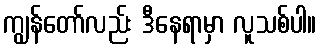
ကျွန်တော်လည်း ဒီနေရာမှာ လူသစ်ပါ။